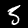
Digit: 5